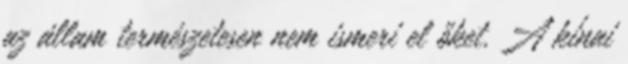
az állam természetesen nem ismeri el őket. A kínai